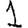
Digit: 1